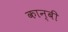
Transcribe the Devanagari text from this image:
कान्बी